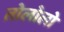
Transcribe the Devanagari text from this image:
तोलोलो